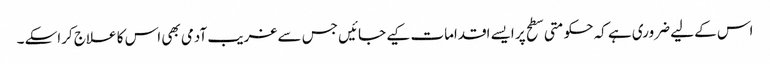
اس کے لیے ضروری ہے کہ حکومتی سطح پر ایسے اقدامات کیے جائیں جس سے غریب آدمی بھی اس کا علاج کراسکے ۔